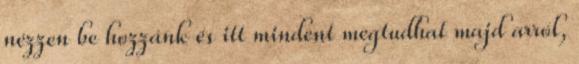
nézzen be hozzánk és itt mindent megtudhat majd arról,